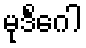
မုဒိင်္ဂေါ